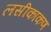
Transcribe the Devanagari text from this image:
लसीकाकण